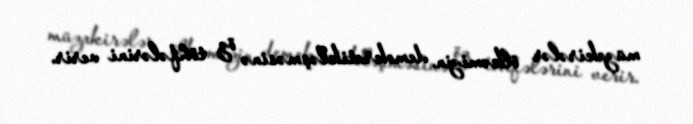
müzakirələr ölkəmizin demokratikləşməsinə öz töhfələrini verir.